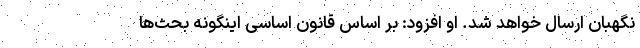
نگهبان ارسال خواهد شد. او افزود: بر اساس قانون اساسی اینگونه بحث‌ها